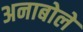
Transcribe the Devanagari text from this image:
अनाबोले